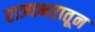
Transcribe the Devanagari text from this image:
राज्यभरातून